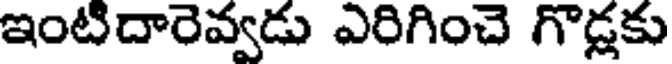
ఇంటిదారెవ్వడు ఎరిగించె గొడ్లకు